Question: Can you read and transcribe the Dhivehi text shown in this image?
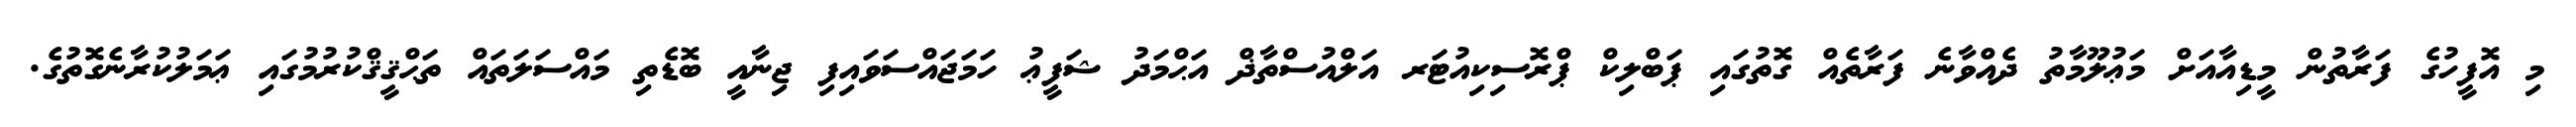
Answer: މި އޮފީހުގެ ފަރާތުން މީޑިއާއަށް މަޢުލޫމާތު ދެއްވާނެ ފަރާތެއް ގޮތުގައި ޕަބްލިކް ޕްރޮސިކިއުޓަރ އަލްއުސްތާޛް އަޙްމަދު ޝަފީޢު ހަމަޖައްސަވައިފި ޖިނާއީ ބޮޑެތި މައްސަލަތައް ތަޙްޤީޤްކުރުމުގައި ޢަމަލުކުރާނެގޮތުގެ.